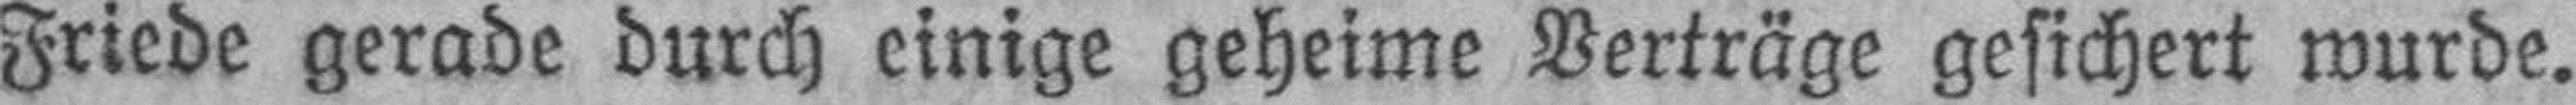
Friede gerade durch einige geheime Verträge gesichert wurde.